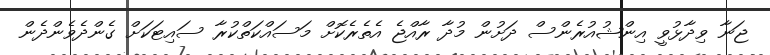
ޖަނާ ވިދާޅުވީ އިންޝުއުރެންސް ދަށުން މުދާ ރާއްޖެ އެތެރެކޮށް މަސައްކަތްކުރާ ސައިޓަކަށް ގެންދެވެންދެން